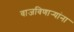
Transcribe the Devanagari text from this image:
वाजविणार्‍यांना